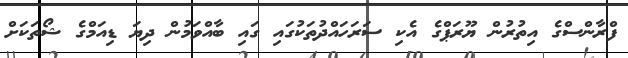
ފްރާންސްގެ އިތުރުން ޔޫރަޕްގެ އެކި ސަރަހައްދުތަކުގައި ގައި ބާއްވަމުން ދިޔަ ޑިއަމްގެ ޝޯތަކަށް